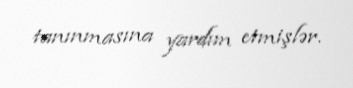
tanınmasına yardım etmişlər.